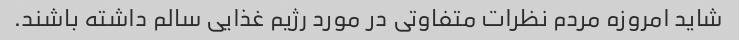
شاید امروزه مردم نظرات متفاوتی در مورد رژیم غذایی سالم داشته باشند.